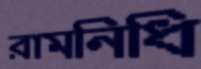
রামনিধি